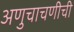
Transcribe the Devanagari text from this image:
अणुचाचणीची